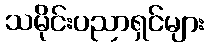
သမိုင်းပညာရှင်များ